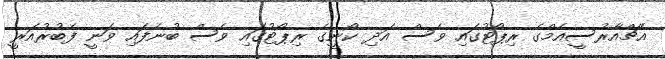
އެޗްއާރުސީއެމްގެ ރިޕޯޓުގައި ވެސް އަދި ކޯނީގެ ރިޕޯޓުގައި ވެސް ބުނެފައި ވަނީ ފެބުރުއަރީ